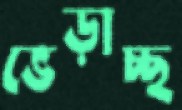
ভেড়াচ্ছ